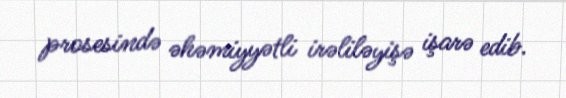
prosesində əhəmiyyətli irəliləyişə işarə edib.